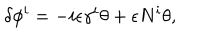
\delta \phi ^ { i } = - i \epsilon \gamma ^ { i } \theta + \epsilon N ^ { i } \theta ,